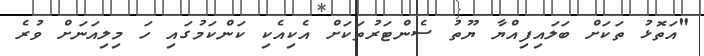
"އަތޮޅު ތަކަށް ބަލައިފިއްޔާ ޔޫތު ސެންޓަރުތަކަށް އެކިއެކި ކަންކަމުގައި ހަ މިލިއަނަށް ވުރެ